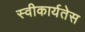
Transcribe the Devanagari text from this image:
स्वीकार्यतेस